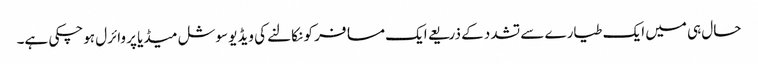
حال ہی میں ایک طیارے سے تشدد کے ذریعے ایک مسافر کو نکالنے کی ویڈیو سوشل میڈیا پر وائرل ہوچکی ہے۔